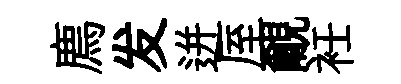
廌发迸厔覼衽